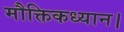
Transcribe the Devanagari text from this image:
मौक्तिकध्यान।